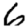
Digit: 6